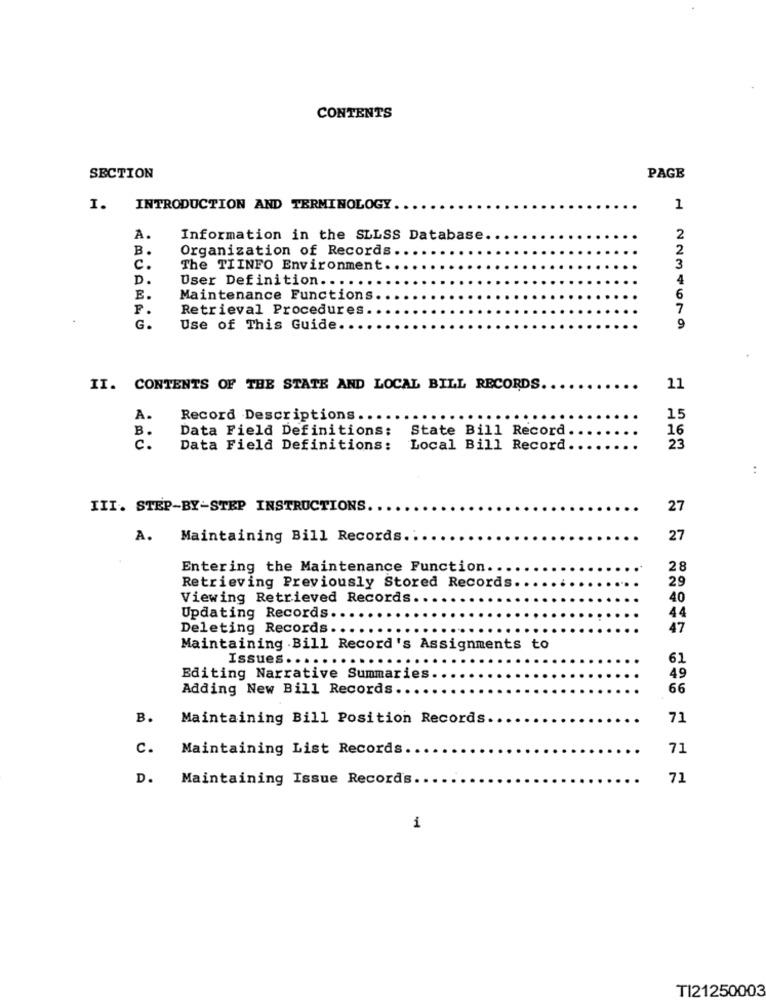
CONTENTS
SECTION
PAGE
I. INTRODUCTION AND TERMINOLOGY
1
A.
Information in the SLLSS Database
2
B.
Organization of Records.
c.
The TIINFO Environment ..
3
D.
User Definition ....
4
E.
Maintenance Functions.
6
P.
Retrieval Procedures ..
7
G.
Use of This Guide.
9
II. CONTENTS OF THE STATE AND LOCAL BILL RECORDS.
11
A.
Record Descriptions ..
15
B.
Data Field Definitions:
State Bill Record
16
23
c.
Data Field Definitions:
Local Bill Record
III. STEP-BY-STEP INSTRUCTIONS.
27
A.
Maintaining Bill Records.
27
Entering the Maintenance Function.
28
Retrieving Previously Stored Records
29
Viewing Retrieved Records.
40
Updating Records.
44
Deleting Records ...
47
Maintaining .Bill Record's Assignments to
Issues .......
61
Editing Narrative Summaries ..
49
Adding New Bill Records ..
66
B.
Maintaining Bill Position Records
71
c.
Maintaining List Records ..
71
D.
Maintaining Issue Records.
71
TI21250003